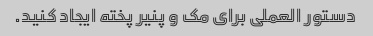
دستور العملی برای مک و پنیر پخته ایجاد کنید.